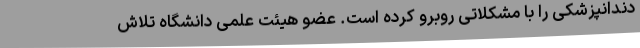
دندانپزشکی را با مشکلاتی روبرو کرده است. عضو هیئت علمی دانشگاه تلاش